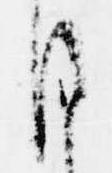
ほ